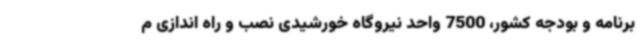
برنامه و بودجه کشور، 7500 واحد نیروگاه خورشیدی نصب و راه اندازی م